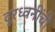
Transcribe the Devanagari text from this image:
दूरध्वनींची